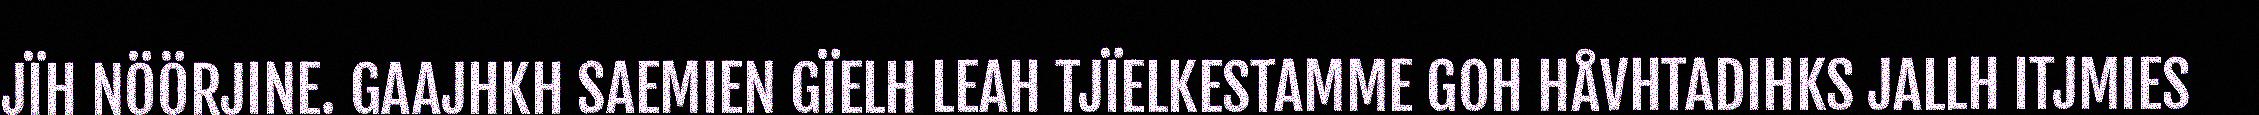
JÏH NÖÖRJINE. GAAJHKH SAEMIEN GÏELH LEAH TJÏELKESTAMME GOH HÅVHTADIHKS JALLH ITJMIES